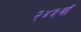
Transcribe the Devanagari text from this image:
२४५वॉ